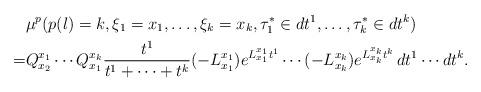
LaTeX: \begin{align*}&\mu^p(p(l)=k, \xi_1=x_1, \ldots, \xi_k=x_k, \tau_1^{*}\in dt^1, \ldots , \tau_k^{*}\in dt^k)\\=&Q_{x_2}^{x_1}\cdots Q_{x_1}^{x_k} \frac{t^1}{t^1+\cdots+t^k}(-L^{x_1}_{x_1})e^{L_{x_1}^{x_1}t^1}\cdots (-L^{x_k}_{x_k}) e^{L_{x_k}^{x_k}t^k} \,dt^1\cdots dt^k.\end{align*}